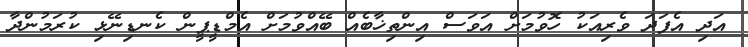
އަދި އެފަދަ ވެރިއަކު ހޮވުމަށް އަވަސް އިންތިޚާބެއް ބޭއްވުމަށް އެމްޑީޕީން ކެނޑިނޭޅި ކުރަމުންދާ